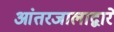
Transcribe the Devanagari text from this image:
आंतरजालाद्वारे